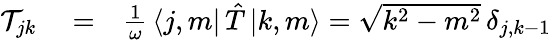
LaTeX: \begin{array}{rlr}{\mathcal{T}_{jk}}&{{}=}&{\frac{1}{\omega}\, \langle j,m|\, {\hat{T}}\, {|k,m\rangle}=\sqrt{k^{2}-m^{2}}\, \delta_{j,k-1}}\end{array}